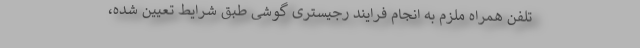
تلفن همراه ملزم به انجام فرایند رجیستری گوشی طبق شرایط تعیین شده،